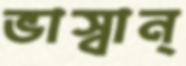
ভাস্বান্‌